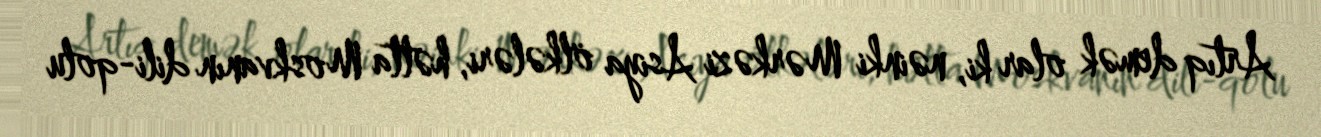
Artıq demək olar ki, nəinki Mərkəzi Asiya ölkələri, hətta Moskvanın dili-qolu